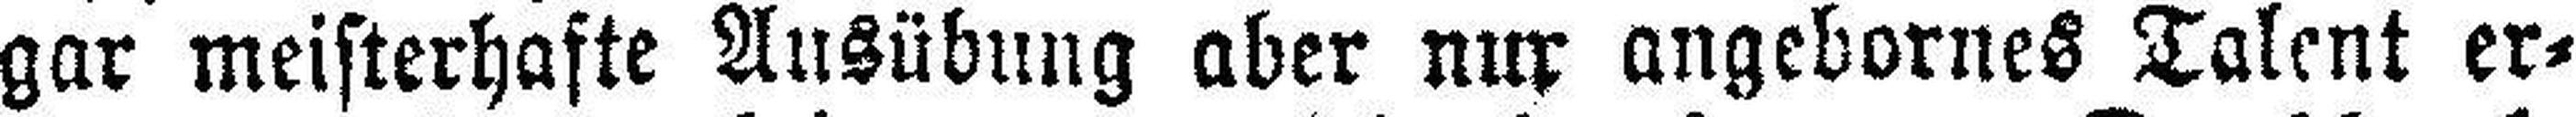
gar meisterhafte Ausübung aber nur angebornes Talent er¬